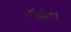
ગહન